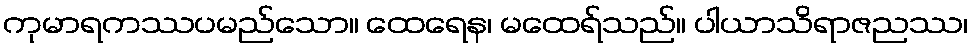
ကုမာရကဿပမည်သော။ ထေရေန၊ မထေရ်သည်။ ပါယာသိရာဇညဿ၊